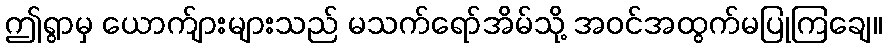
ဤရွာမှ ယောက်ျားများသည် မသက်ရော်အိမ်သို့ အဝင်အထွက်မပြုကြချေ။